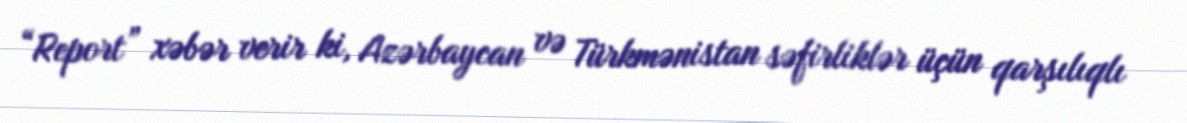
“Report” xəbər verir ki, Azərbaycan və Türkmənistan səfirliklər üçün qarşılıqlı